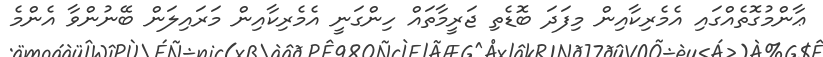
ޢާންމުގޮތެއްގައި އެމެރިކާއިން މިފަދަ ބޮޑެތި ޖަރީމާތައް ހިންގަނީ އެމެރިކާއިން މަރައިލަން ބޭނުންވާ އެންމެ